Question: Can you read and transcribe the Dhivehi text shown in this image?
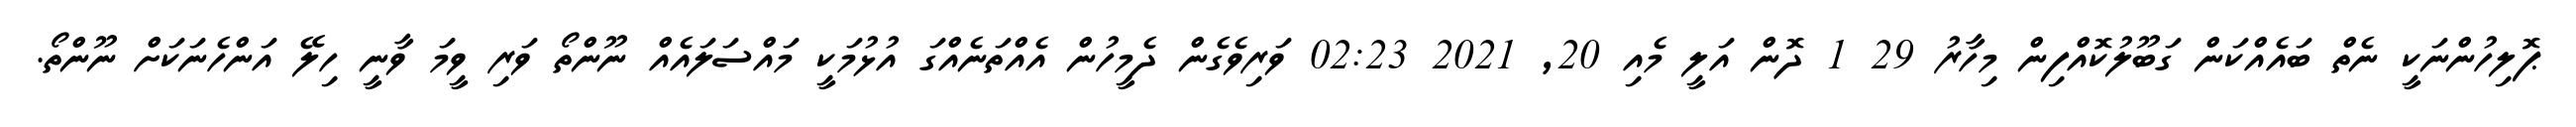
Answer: ޕޮލިހުންނަކީ ނެތް ބައެއްކަން ގަބޫލުކޮއްފިން މިހާރު 29 1 ދޮން އަލީ މެއި 20, 2021 02:23 ވަރިވެގެން ދެމީހުން އެއްތަނެއްގަ އުޅުމަކީ މައްސަލައެއް ނޫންތޯ ވަރި ވީމަ ވާނީ ހިލޭ އަންހެނަކަށް ނޫންތޯ.